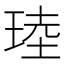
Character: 𪻧